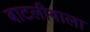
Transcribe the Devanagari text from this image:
बाटलीवाला